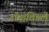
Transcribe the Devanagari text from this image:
रॉकविल्ले